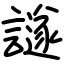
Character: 譢